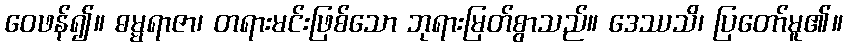
ဝေဖန်၍။ ဓမ္မရာဇာ၊ တရားမင်းဖြစ်သော ဘုရားမြတ်စွာသည်။ ဒေဿသိ၊ ပြတော်မူ၏။